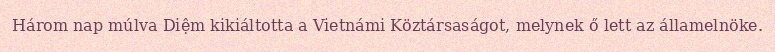
Három nap múlva Diệm kikiáltotta a Vietnámi Köztársaságot, melynek ő lett az államelnöke.